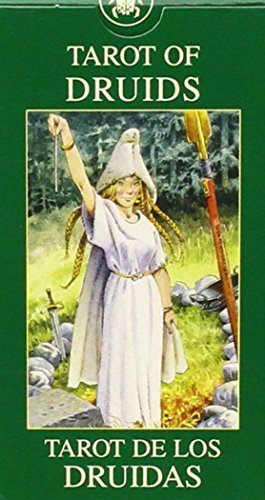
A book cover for Tarot of Druids Mini; Lo Scarabeo; Religion & Spirituality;